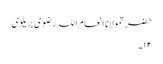
حضرتمولانا انعام اللہ رضوی بریلوی
۱۲۔